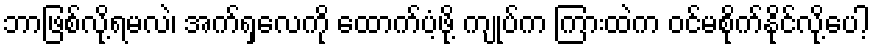
ဘာဖြစ်လို့ရမလဲ၊ အက်ရှလေကို ထောက်ပံ့ဖို့ ကျုပ်က ကြားထဲက ဝင်မစိုက်နိုင်လို့ပေါ့